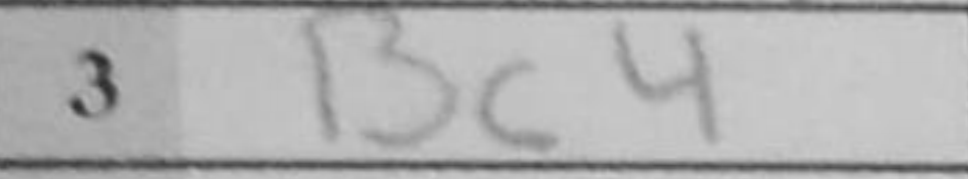
Transcription: Bc4